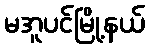
မအူပင်မြို့နယ်